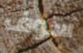
سوف